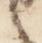
言